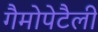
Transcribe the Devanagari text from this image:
गैमोपेटैली